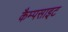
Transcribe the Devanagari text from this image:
कैम्पसाइट